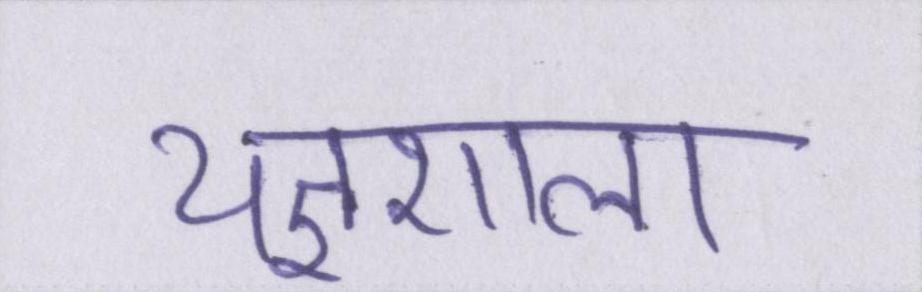
यज्ञशाला